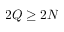
2 Q \geq 2 N